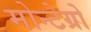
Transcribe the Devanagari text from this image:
मोन्टेग्रो